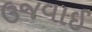
ઉજવાઈ